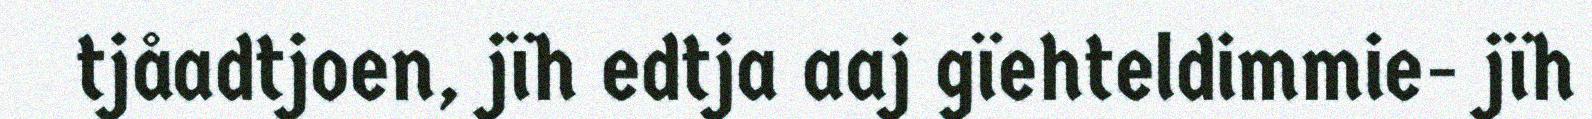
tjåadtjoen, jïh edtja aaj gïehteldimmie- jïh